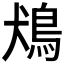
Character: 𩿛